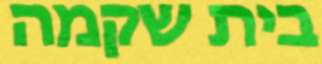
בית שקמה